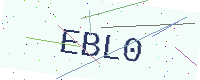
Text: EBL0